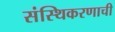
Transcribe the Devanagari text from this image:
संस्थिकरणाची